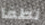
لطفا